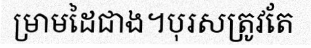
ម្រាមដៃជាង។បុរសត្រូវតែ